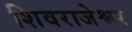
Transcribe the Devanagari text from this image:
शिवराजेश्वर